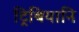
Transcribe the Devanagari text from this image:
ट्रिबियानि